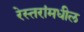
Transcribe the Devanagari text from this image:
रेस्तरांमधील